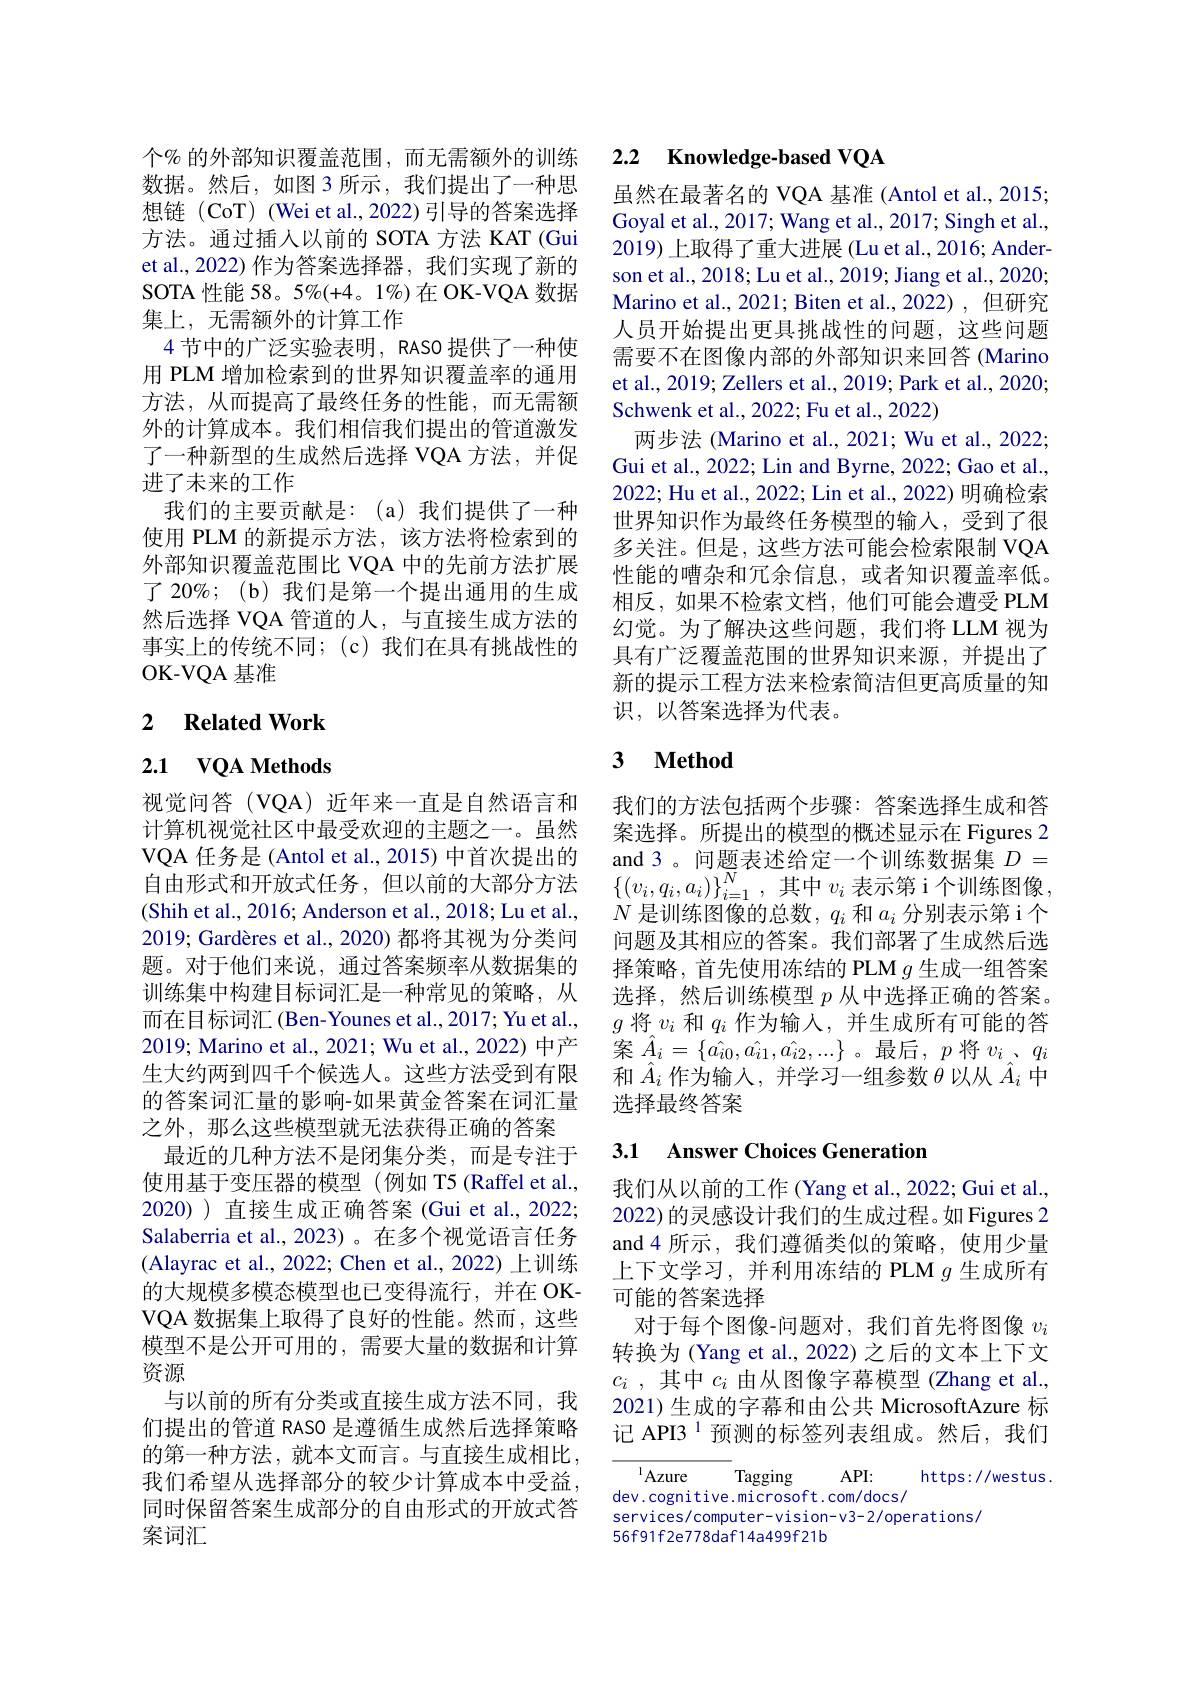
个% 的外部知识覆盖范围，而无需额外的训练数据。然后，如图 3 所示，我们提出了一种思想链(CoT) (Wei et al.,2022)引导的答案选择方法。通过插人以前的 SOTA 方法 KAT (Gui et al., 2022) 作为答案选择器，我们实现了新的SOTA 性能 58。5%(+4。1%)在 OK-VQA 数据集上，无需额外的计算工作
4 节中的广泛实验表明，RASO 提供了一种使用 PLM 增加检索到的世界知识覆盖率的通用方法，从而提高了最终任务的性能，而无需额外的计算成本。我们相信我们提出的管道激发了一种新型的生成然后选择 VQA 方法，并促进了未来的工作
我们的主要贡献是：(a)我们提供了一种使用 PLM 的新提示方法，该方法将检索到的外部知识覆盖范围比 VQA 中的先前方法扩展了 20%; (b) 我们是第一个提出通用的生成然后选择 VQA 管道的人，与直接生成方法的事实上的传统不同；(c)我们在具有挑战性的OK-VQA 基准

## 2 Related Work

# 2.1 $\mathbf{VQA~Methods}$

视觉问答(VQA)近年来一直是自然语言和计算机视觉社区中最受欢迎的主题之一。虽然VQA 任务是 (Antol et al., 2015) 中首次提出的自由形式和开放式任务，但以前的大部分方法(Shih et al., 2016; Anderson et al., 2018; Lu et al., $2019; \text{ Gard\`{e} res et al. , 2020) 都 将 其 视 为 分 类 问 }$ 题。对于他们来说，通过答案频率从数据集的训练集中构建目标词汇是一种常见的策略，从而在目标词汇 (Ben-Younes et al.,2017; Yu et al., 2019; Marino et al., 2021; Wu et al., 2022) 中产生大约两到四千个候选人。这些方法受到有限的答案词汇量的影响-如果黄金答案在词汇量之外，那么这些模型就无法获得正确的答案
最近的几种方法不是闭集分类，而是专注于使用基于变压器的模型(例如 T5(Raffel et al., 2020) 直接生成正确答案 (Gui et al., 2022; Salaberria et al., 2023) 。在多个视觉语言任务(Alayrac et al., 2022; Chen et al., 2022) 上训练的大规模多模态模型也已变得流行，并在 OKVQA 数据集上取得了良好的性能。然而，这些模型不是公开可用的，需要大量的数据和计算资源
与以前的所有分类或直接生成方法不同，我们提出的管道 RASO 是遵循生成然后选择策略的第一种方法，就本文而言。与直接生成相比， 我们希望从选择部分的较少计算成本中受益， 同时保留答案生成部分的自由形式的开放式答案词汇

## 2.2 $\textbf{Knowledge- based VQA}$

虽然在最著名的 VQA 基准 (Antol et al., 2015; Goyal et al., 2017; Wang et al., 2017; Singh et al., 2019) 上取得了重大进展 (Lu et al., 2016; Anderson et al., 2018; Lu et al., 2019; Jiang et al., 2020; Marino et al., 2021; Biten et al., 2022) ,但研究人员开始提出更具挑战性的问题，这些问题需要不在图像内部的外部知识来回答 (Marino et al., 2019; Zellers et al., 2019; Park et al., 2020; Schwenk et al., 2022; Fu et al., 2022)
两步法 (Marino et al., 2021; Wu et al., 2022; Gui et al., 2022; Lin and Byrne, 2022; Gao et al., 2022; Hu et al., 2022; Lin et al., 2022) 明确检索世界知识作为最终任务模型的输入，受到了很多关注。但是，这些方法可能会检索限制 VQA 性能的嘈杂和冗余信息，或者知识覆盖率低。相反，如果不检索文档，他们可能会遭受 PLM 幻觉。为了解决这些问题，我们将 LLM 视为具有广泛覆盖范围的世界知识来源，并提出了新的提示工程方法来检索简洁但更高质量的知识，以答案选择为代表。

## 3 $\textbf{Method}$

我们的方法包括两个步骤：答案选择生成和答案选择。所提出的模型的概述显示在 Figures 2 and 3。问题表述给定一个训练数据集$D=$ $\left\{(v_i,q_i,a_i)\right\}_{i=1}^N$,其中$v_i$表示第 i 个训练图像， $N$是训练图像的总数，$q_i$和$a_i$分别表示第 i 个问题及其相应的答案。我们部署了生成然后选择策略，首先使用冻结的 PLM $g$生成一组答案选择，然后训练模型$p$从中选择正确的答案。$g$将$v_i$和$q_i$作为输入，并生成所有可能的答案 $\hat{A} _{i}= \{ \hat{a_{i0}} , \hat{a_{i1}} , \hat{a_{i2}} , . . . \}$。最后$,p$ 将$v_i$、$q_i$ 和$\hat{A}_i$作为输入，并学习一组参数$\theta$以从$\hat{A}_i$中选择最终答案

## 3.1 Answer Choices Generation

我们从以前的工作 (Yang et al., 2022; Gui et al., 2022) 的灵感设计我们的生成过程。如 Figures 2 and4 所示，我们遵循类似的策略，使用少量上下文学习，并利用冻结的 PLM $g$生成所有可能的答案选择
对于每个图像-问题对，我们首先将图像$v_i$ 转换为 (Yang et al., 2022) 之后的文本上下文$c_i$ ,其中$c_i$由从图像字幕模型 (Zhang et al., 2021) 生成的字幕和由公共 MicrosoftAzure 标记 API3$^{1}$预测的标签列表组成。然后，我们

$^{1}$Azure
https://westus.
Tagging API:
dev.cognitive.microsoft.com/docs/
services/computer-vision-v3-2/operations/
56f91f2e778daf14a499f21b